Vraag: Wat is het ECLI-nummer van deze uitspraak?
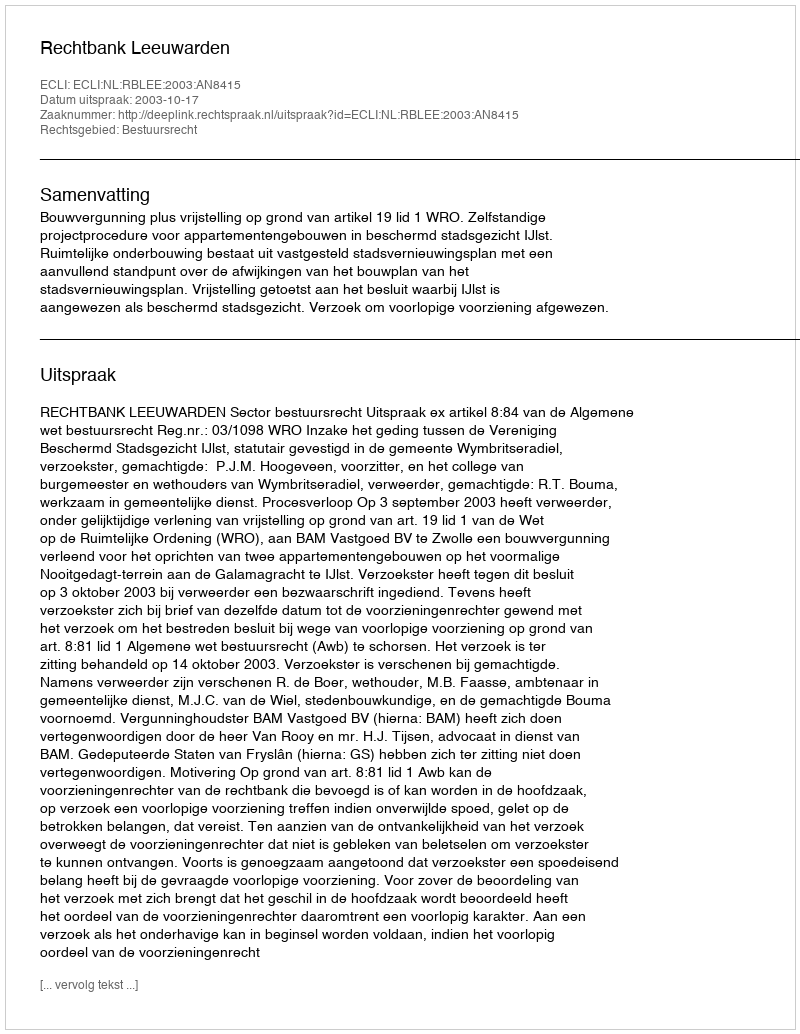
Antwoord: ECLI:NL:RBLEE:2003:AN8415